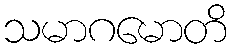
သမာဂမောတိ